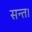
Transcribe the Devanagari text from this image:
सन्त।